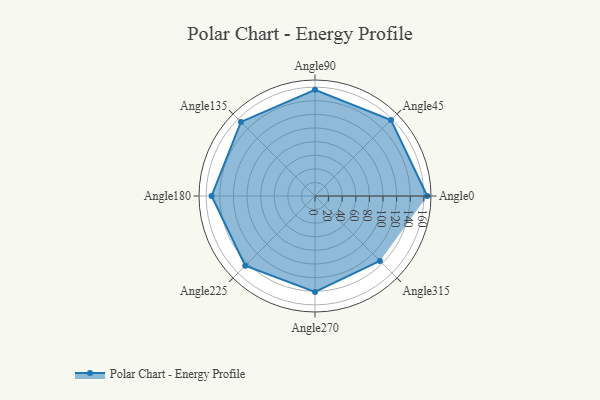
{"axis": {"x": "Angle", "y": "Radius"}, "legend": [""], "data": [{"x": "Angle0", "y": 165.0, "type": ""}, {"x": "Angle45", "y": 158.0, "type": ""}, {"x": "Angle90", "y": 156.0, "type": ""}, {"x": "Angle135", "y": 154.0, "type": ""}, {"x": "Angle180", "y": 152.0, "type": ""}, {"x": "Angle225", "y": 145.0, "type": ""}, {"x": "Angle270", "y": 141.0, "type": ""}, {"x": "Angle315", "y": 135.0, "type": ""}]}